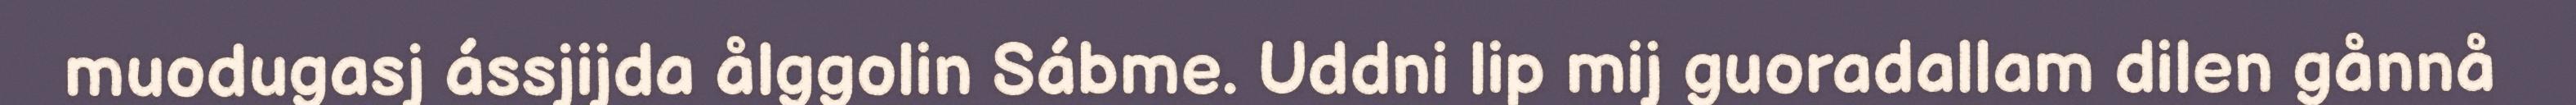
muodugasj ássjijda ålggolin Sábme. Uddni lip mij guoradallam dilen gånnå